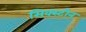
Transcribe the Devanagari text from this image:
सिक्स्टीन